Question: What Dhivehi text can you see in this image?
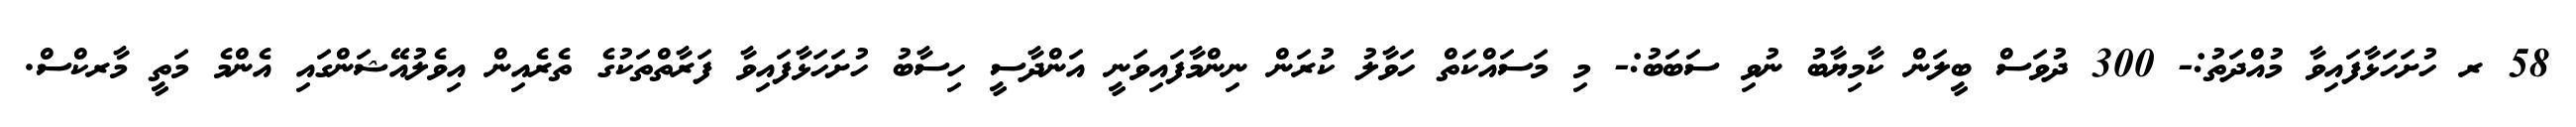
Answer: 58 ރ ހުށަހަޅާފައިވާ މުއްދަތު:- 300 ދުވަސް ބީލަން ކާމިޔާބު ނުވި ސަބަބު:- މި މަސައްކަތް ހަވާލު ކުރަން ނިންމާފައިވަނީ އަންދާސީ ހިސާބު ހުށަހަޅާފައިވާ ފަރާތްތަކުގެ ތެރެއިން އިވެލުއޭޝަންގައި އެންމެ މަތީ މާރކްސް.